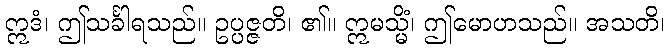
ဣဒံ၊ ဤသင်္ခါရသည်။ ဥပ္ပဇ္ဇတိ၊ ၏။ ဣမသ္မိံ၊ ဤမောဟသည်။ အသတိ၊